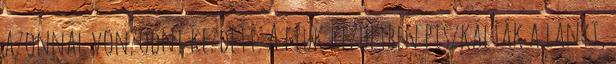
azonnal vonzódni kezdett. A fiúk kezdetben piszkálták a lányt,